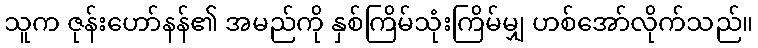
သူက ဇုန်းဟော်နန်၏ အမည်ကို နှစ်ကြိမ်သုံးကြိမ်မျှ ဟစ်အော်လိုက်သည်။